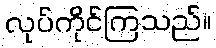
လုပ်ကိုင်ကြသည်။